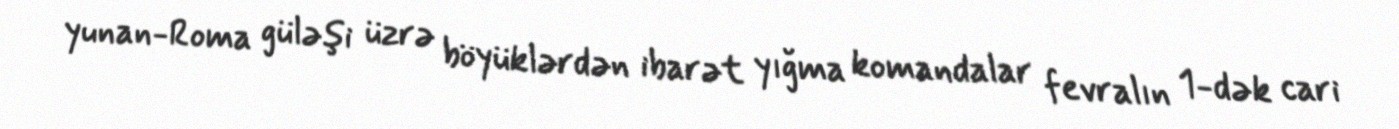
yunan-Roma güləşi üzrə böyüklərdən ibarət yığma komandalar fevralın 1-dək cari